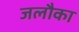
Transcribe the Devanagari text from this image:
जलौका